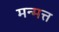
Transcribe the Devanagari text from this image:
मन्मत्त